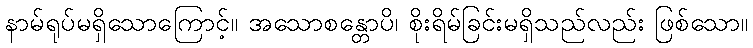
နာမ်ရုပ်မရှိသောကြောင့်။ အသောစန္တောပိ၊ စိုးရိမ်ခြင်းမရှိသည်လည်း ဖြစ်သော။